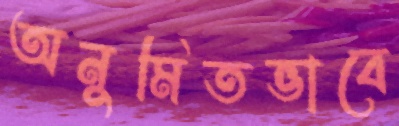
অনুমিতভাবে